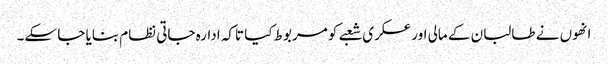
انھوں نے طالبان کے مالی اور عسکری شعبے کو مربوط کیا تاکہ ادارہ جاتی نظام بنایا جا سکے۔